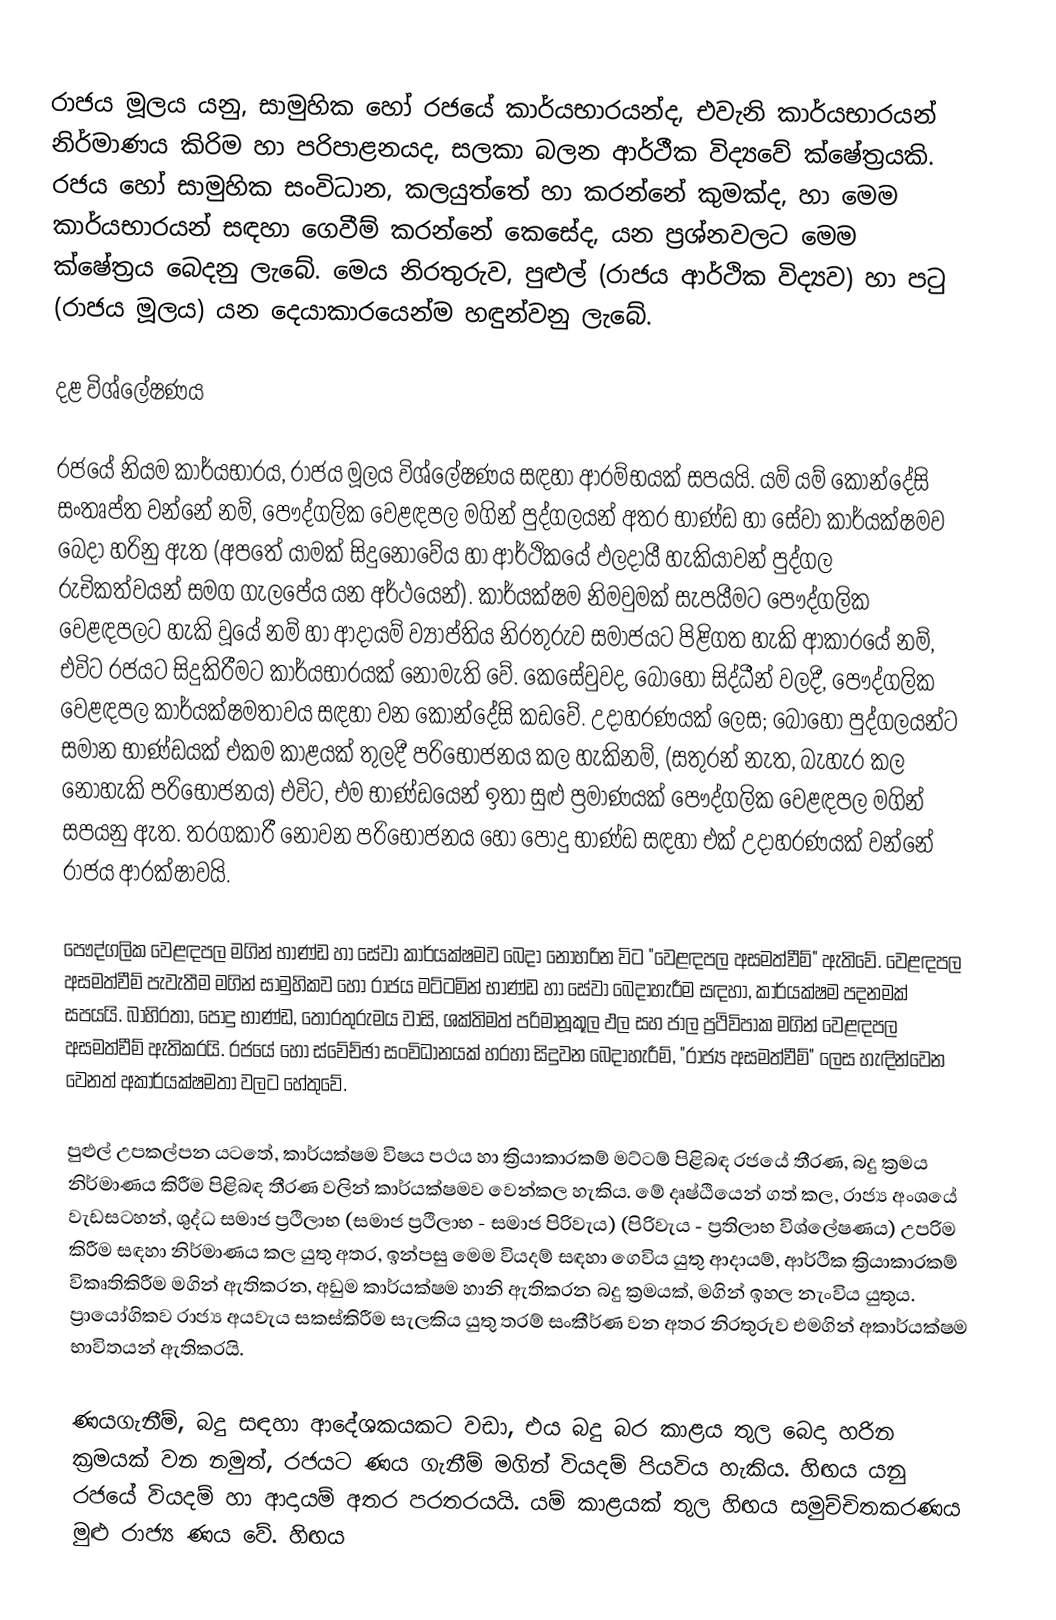
රාජය මූලය යනු, සාමුහික හෝ රජයේ කාර්යභාරයන්ද, එවැනි කාර්යභාරයන් නිර්මාණය කිරිම හා පරිපාළනයද, සලකා බලන ආර්ථීක විද්‍යවේ ක්ෂේත්‍රයකි. රජය හෝ සාමුහික සංවිධාන, කලයුත්තේ හා කරන්නේ කුමක්ද, හා මෙම කාර්යභාරයන් සඳහා ගෙවීම් කරන්නේ කෙසේද, යන ප්‍රශ්නවලට මෙම ක්ෂේත්‍රය බෙදනු ලැබේ. මෙය නිරතුරුව, පුළුල් (රාජය ආර්ථික විද්‍යව) හා පටු (රාජය මූලය) යන දෙයාකාරයෙන්ම හඳුන්වනු ලැබේ.

දළ විශ්ලේෂණය

රජයේ නියම කාර්යභාරය, රාජය මූලය විශ්ලේෂණය සඳහා ආරම්භයක් සපයයි. යම් යම් කොන්දේසි සංතෘප්ත වන්නේ නම්, පෞද්ගලික වෙළඳපල මගින් පුද්ගලයන් අතර භාණ්ඩ හා සේවා කාර්යක්ෂමව බෙදා හරිනු ඇත (අපතේ යාමක් සිදුනොවේය හා ආර්ථිකයේ ඵලදායී හැකියාවන් පුද්ගල රුචිකත්වයන් සමග ගැලපේය යන අර්ථයෙන්). කාර්යක්ෂම නිමවුමක් සැපයීමට පෞද්ගලික වෙළඳපලට හැකි වූයේ නම් හා ආදායම් ව්‍යාප්තිය නිරතුරුව සමාජයට පිළිගත හැකි ආකාරයේ නම්, එවිට රජයට සිදුකිරීමට කාර්යභාරයක් නොමැති වේ. කෙසේවුවද, බොහෝ සිද්ධීන් වලදී, පෞද්ගලික වෙළඳපල කාර්යක්ෂමතාවය සඳහා වන කොන්දේසි කඩවේ. උදාහරණයක් ලෙස; බොහෝ පුද්ගලයන්ට සමාන භාණ්ඩයක් එකම කාළයක් තුලදී පරිභෝජනය කල හැකිනම්, (සතුරන් නැත, බැහැර කල නොහැකි පරිභෝජනය) එවිට, එම භාණ්ඩයෙන් ඉතා සුළු ප්‍රමාණයක් පෞද්ගලික වෙළඳපල මගින් සපයනු ඇත. තරගකාරී නොවන පරිභෝජනය හෝ පොදු භාණ්ඩ සඳහා එක් උදාහරණයක් වන්නේ රාජය ආරක්ෂාවයි.

පෞද්ගලික වෙළඳපල මගින් භාණ්ඩ හා සේවා කාර්යක්ෂමව බෙදා නොහරින විට "වෙළඳපල අසමත්වීම්" ඇතිවේ. වෙළඳපල අසමත්වීම් පැවැතීම මගින් සාමුහිකව හෝ රාජය මට්ටමින් භාණ්ඩ හා සේවා බෙදාහැරීම සඳහා, කාර්යක්ෂම පදනමක් සපයයි. බාහිරතා, පොදු භාණ්ඩ, තොරතුරුමය වාසි, ශක්තිමත් පරිමානූකූල ඵල සහ ජාල ප්‍රථිවිපාක මගින් වෙළඳපල අසමත්වීම් ඇතිකරයි. රජයේ හෝ ස්වේච්ඡා සංවිධානයක් හරහා සිදුවන බෙදාහැරීම්, "රාජ්‍ය අසමත්වීම්" ලෙස හැඳින්වෙන වෙනත් අකාර්යක්ෂමතා වලට හේතුවේ.

පුළුල් උපකල්පන යටතේ, කාර්යක්ෂම විෂය පථය හා ක්‍රියාකාරකම් මට්ටම් පිළිබඳ රජයේ තීරණ, බදු ක්‍රමය නිර්මාණය කිරීම පිළිබඳ තීරණ වලින් කාර්යක්ෂමව වෙන්කල හැකිය. මේ දෘෂ්ඨියෙන් ගත් කල, රාජ්‍ය අංශයේ වැඩසටහන්, ශුද්ධ සමාජ ප්‍රථිලාභ (සමාජ ප්‍රථිලාභ - සමාජ පිරිවැය) (පිරිවැය - ප්‍රතිලාභ විශ්ලේෂණය) උපරිම කිරීම සඳහා නිර්මාණය කල යුතු අතර, ඉන්පසු මෙ‍ම වියදම් සඳහා ගෙවිය යුතු ආදායම්, ආර්ථික ක්‍රියාකාරකම් විකෘතිකිරීම මගින් ඇතිකරන, අඩුම කාර්යක්ෂම හානි ඇතිකරන බදු ක්‍රමයක්, මගින් ඉහල නැංවිය යුතුය. ප්‍රායෝගිකව රාජ්‍ය අයවැය සකස්කිරීම සැලකිය යුතු තරම් සංකීර්ණ වන අතර නිරතුරුව එමගින් අකාර්යක්ෂම භාවිතයන් ඇතිකරයි.

ණයගැනීම්, බදු සඳහා ආදේශකයකට වඩා, එය බදු බර කාළය තුල බෙදා හරින ක්‍රමයක් වන නමුත්, රජයට ණය ගැනීම් මගින් වියදම් පියවිය හැකිය. හිඟය යනු රජයේ වියදම් හා ආදායම් අතර පරතරයයි. යම් කාළයක් තුල හිඟය සමුච්චිතකරණය මුළු රාජ්‍ය ණය වේ. හිඟය